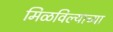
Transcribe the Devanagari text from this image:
मिळविल्याच्या